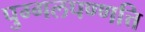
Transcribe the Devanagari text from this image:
पुग्गलपण्णत्ति